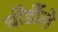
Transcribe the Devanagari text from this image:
चीर्डीले